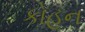
કોહન